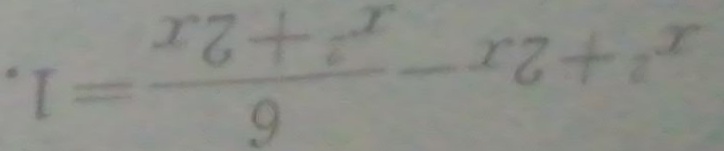
x ^ { 2 } + 2 x - \frac { 6 } { x ^ { 2 } + 2 x } = 1 .